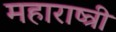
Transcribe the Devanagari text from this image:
महाराष्त्री